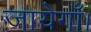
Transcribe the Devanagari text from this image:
जायेगाँ।